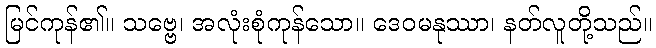
မြင်ကုန်၏။ သဗ္ဗေ၊ အလုံးစုံကုန်သော။ ဒေဝမနုဿာ၊ နတ်လူတို့သည်။